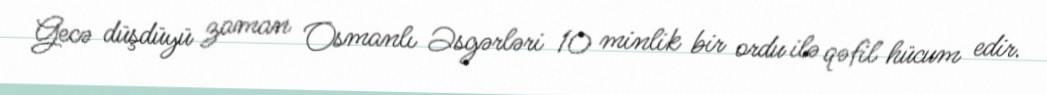
Gecə düşdüyü zaman Osmanlı Əsgərləri 10 minlik bir ordu ilə qəfil hücum edir.